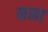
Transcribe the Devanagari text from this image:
नना